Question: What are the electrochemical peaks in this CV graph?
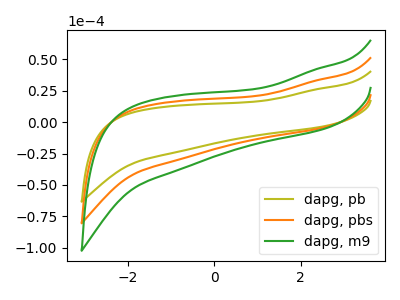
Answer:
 <answer>The olive curve "dapg, pb" has no peaks. The orange curve "dapg, pbs" has no peaks. The green curve "dapg, m9" has no peaks.</answer>
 <eval></eval>